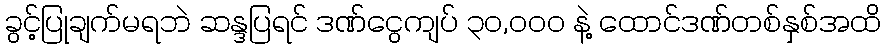
ခွင့်ပြုချက်မရဘဲ ဆန္ဒပြရင် ဒဏ်ငွေကျပ် ၃၀,၀၀၀ နဲ့ ထောင်ဒဏ်တစ်နှစ်အထိ